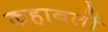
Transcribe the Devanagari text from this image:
कहाबतों